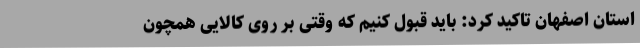
استان اصفهان تاکید کرد: باید قبول کنیم که وقتی بر روی کالایی همچون